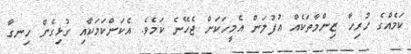
ކަމެއްގެ ހުރިހާ ޒިންމާތަކެއް އުފުލަން އެމީހަކަށް ޖެހޭނެ ކަމެވެ. އެކަންކަމަކާއި ގުޅިގެން ހިނގާ